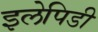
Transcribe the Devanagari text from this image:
इलेपिडी